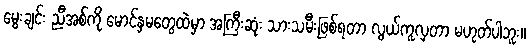
မွေးချင်း ညီအစ်ကို မောင်နှမတွေထဲမှာ အကြီးဆုံး သားသမီးဖြစ်ရတာ လွယ်ကူလှတာ မဟုတ်ပါဘူး။